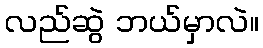
လည်ဆွဲ ဘယ်မှာလဲ။